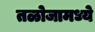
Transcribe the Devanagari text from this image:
तळोजामध्ये